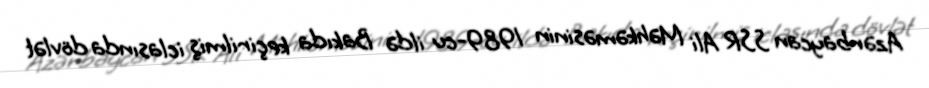
Azərbaycan SSR Ali Məhkəməsinin 1989-cu ildə Bakıda keçirilmiş iclasında dövlət